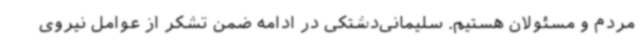
مردم و مسئولان هستیم. سلیمانی‌دشتکی در ادامه ضمن تشکر از عوامل نیروی